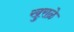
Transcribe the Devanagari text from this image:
खुराळे